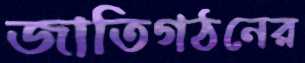
জাতিগঠনের